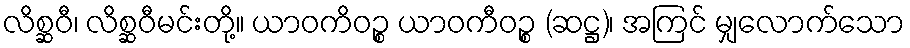
လိစ္ဆဝီ၊ လိစ္ဆဝီမင်းတို့။ ယာဝကိဝဉ္စ ယာဝကီဝဉ္စ (ဆဋ္ဌ)၊ အကြင် မျှလောက်သော